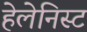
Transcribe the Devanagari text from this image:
हेलेनिस्ट